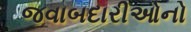
જવાબદારીઓનો